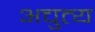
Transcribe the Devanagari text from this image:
अचुत्य